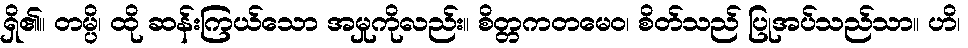
ရှိ၏။ တမ္ပိ၊ ထို ဆန်းကြယ်သော အမှုကိုလည်း။ စိတ္တကတမေဝ၊ စိတ်သည် ပြုအပ်သည်သာ။ ဟိ၊